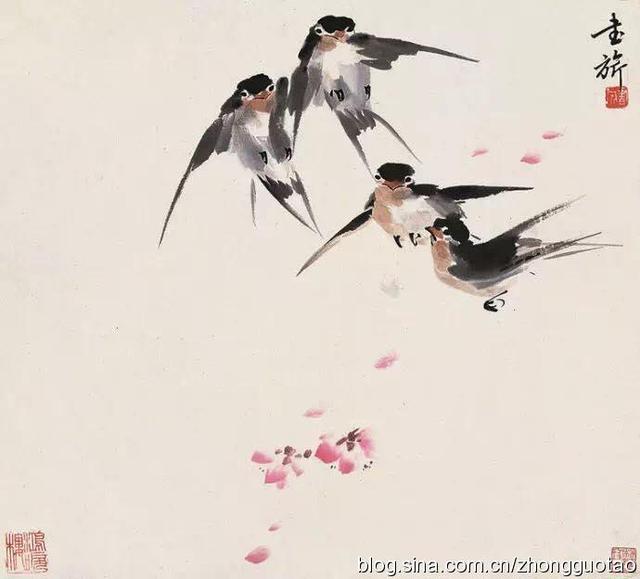
春去花还在，人来鸟不惊。